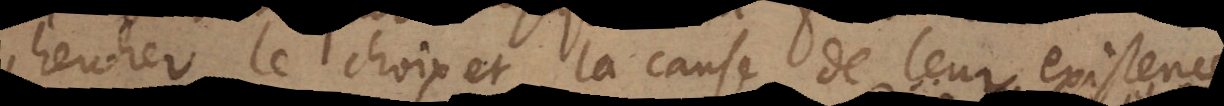
chercher le choix et la cause de leur existence;